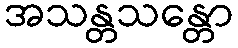
အသန္တသန္တော